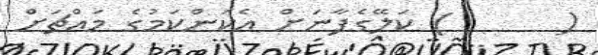
(      ) ކަލޭގެފާނަށް އެކަންކަމުގެ މައްޗަށް